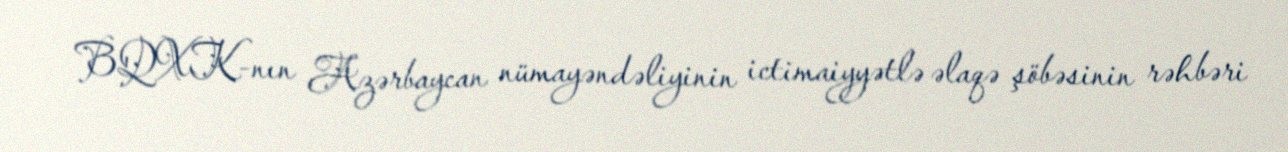
BQXK-nın Azərbaycan nümayəndəliyinin ictimaiyyətlə əlaqə şöbəsinin rəhbəri